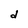
Character: d